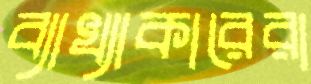
ব্যাখ্যাকারেরা